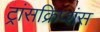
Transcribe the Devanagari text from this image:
ट्रांसक्रिप्शंस